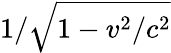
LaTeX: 1/{\sqrt{1-v^{2}/c^{2}}}